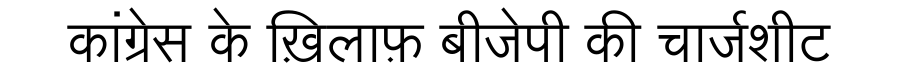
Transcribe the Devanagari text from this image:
कांग्रेस के ख़िलाफ़ बीजेपी की चार्जशीट